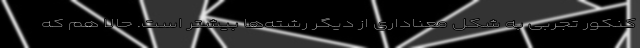
کنکور تجربی به شکل معناداری از دیگر رشته‌ها بیشتر است. حالا هم که